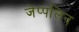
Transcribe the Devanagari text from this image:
जेप्पलिन